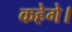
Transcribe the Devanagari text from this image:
कहेगे।